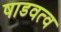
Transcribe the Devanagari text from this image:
षाडवत्व